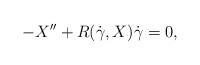
LaTeX: \begin{align*}-X'' + R(\dot{\gamma}, X)\dot{\gamma} = 0,\end{align*}